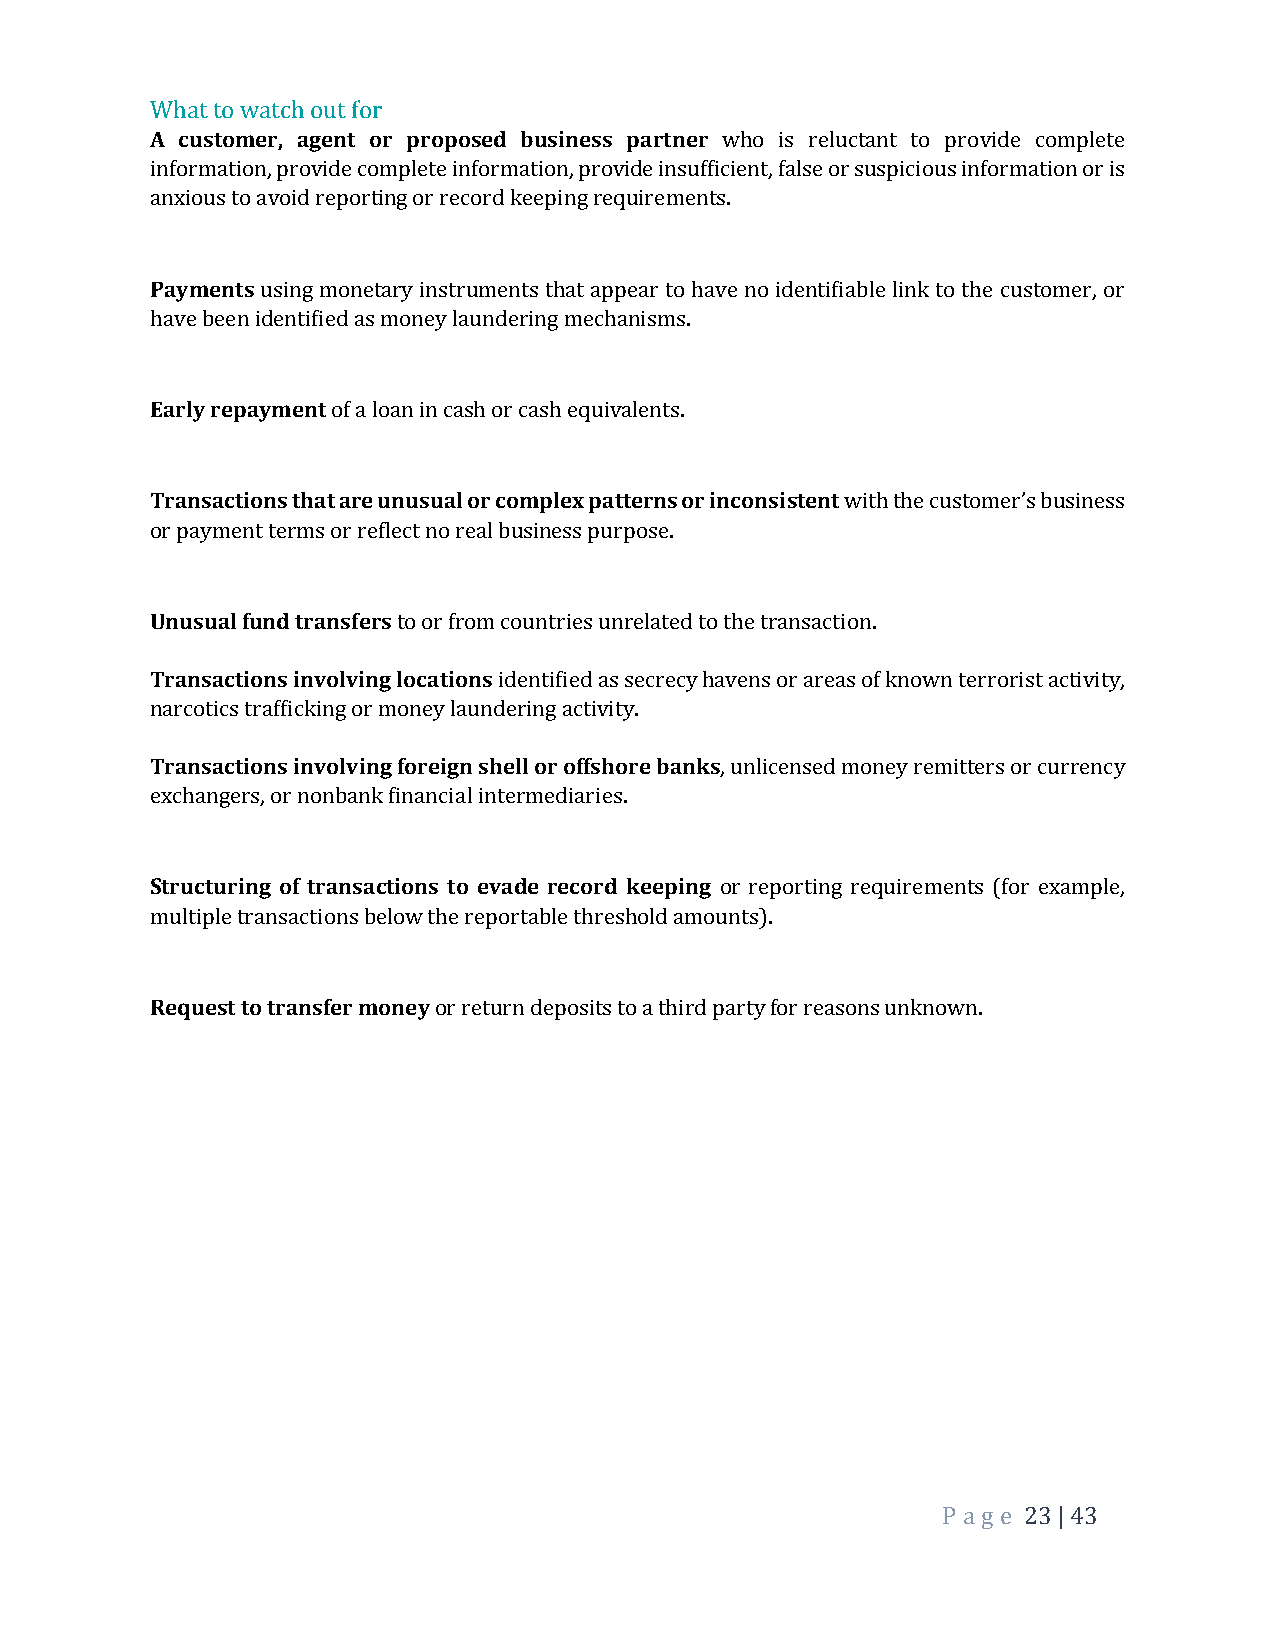
What to watch out for
 A customer, agent or proposed business partner who is reluctant to provide complete
 information, provide complete information, provide insufficient, false or suspicious information or is
 anxious to avoid reporting or record keeping requirements.
 Payments using monetary instruments that appear to have no identifiable link to the customer, or
 have been identified as money laundering mechanisms.
 Early repayment of a loan in cash or cash equivalents.
 Transactions that are unusual or complex patterns or inconsistent with the customer’s business
 or payment terms or reflect no real business purpose.
 Unusual fund transfers to or from countries unrelated to the transaction.
 Transactions involving locations identified as secrecy havens or areas of known terrorist activity,
 narcotics trafficking or money laundering activity.
 Transactions involving foreign shell or offshore banks, unlicensed money remitters or currency
 exchangers, or nonbank financial intermediaries.
 Structuring of transactions to evade record keeping or reporting requirements (for example,
 multiple transactions below the reportable threshold amounts).
 Request to transfer money or return deposits to a third party for reasons unknown.
 P a ge 23 | 43